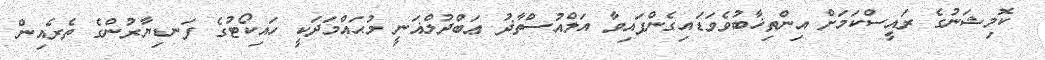
ކޮމިޝަނުގެ ރައީސްކަމަށް އިންތިޚާބުވެވަޑައިގެންފައިވާ އަލްއުސްތާޛު ޢަބްދުލްޣަނީ މުޙައްމަދަކީ ހައިކޯޓުގެ ފަނޑިޔާރުންގެ ތެރެއިން